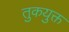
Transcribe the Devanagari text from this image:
तुकयुक्त